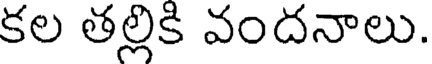
కల తల్లికి వందనాలు.